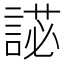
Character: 𧪋